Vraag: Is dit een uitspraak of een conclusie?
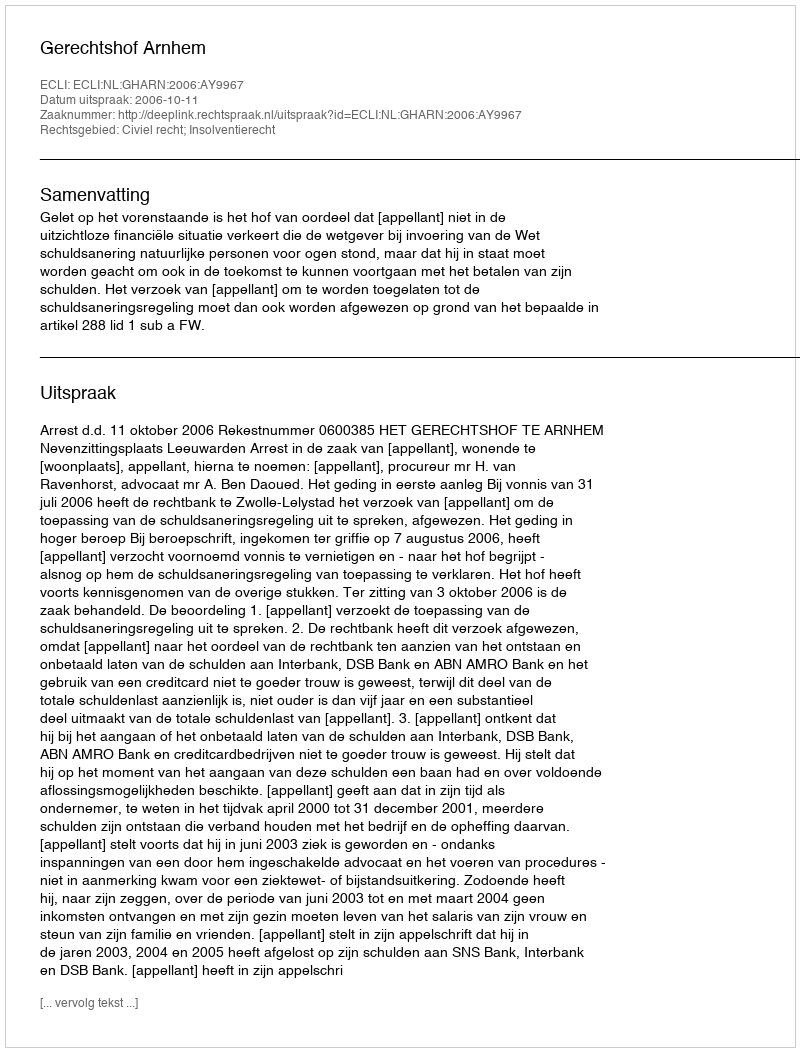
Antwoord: Uitspraak